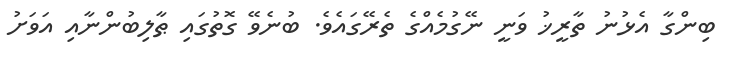
ބިންގާ އެޅުނު ތާރީޚު ވަނީ ނޭގުމެއްގެ ތެރޭގައެވެ. ބުނެވޭ ގޮތުގައި ޠާލިބުންނާއި އަވަށު